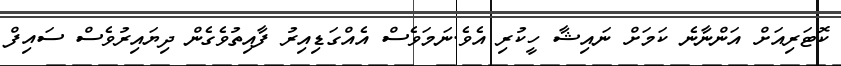
ކޮޓަރިއަށް އަންނާނެ ކަމަށް ނައިޝާ ހީކުރި އެވެ.ނަމަވެސް އެއްގަޑިއިރު ފާއިތުވެގެން ދިޔައިރުވެސް ސައިފް